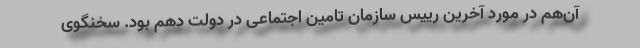
آن‌هم در مورد آخرین رییس سازمان تامین اجتماعی در دولت دهم بود. سخنگوی